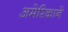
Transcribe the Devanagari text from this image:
अमेरिकाने